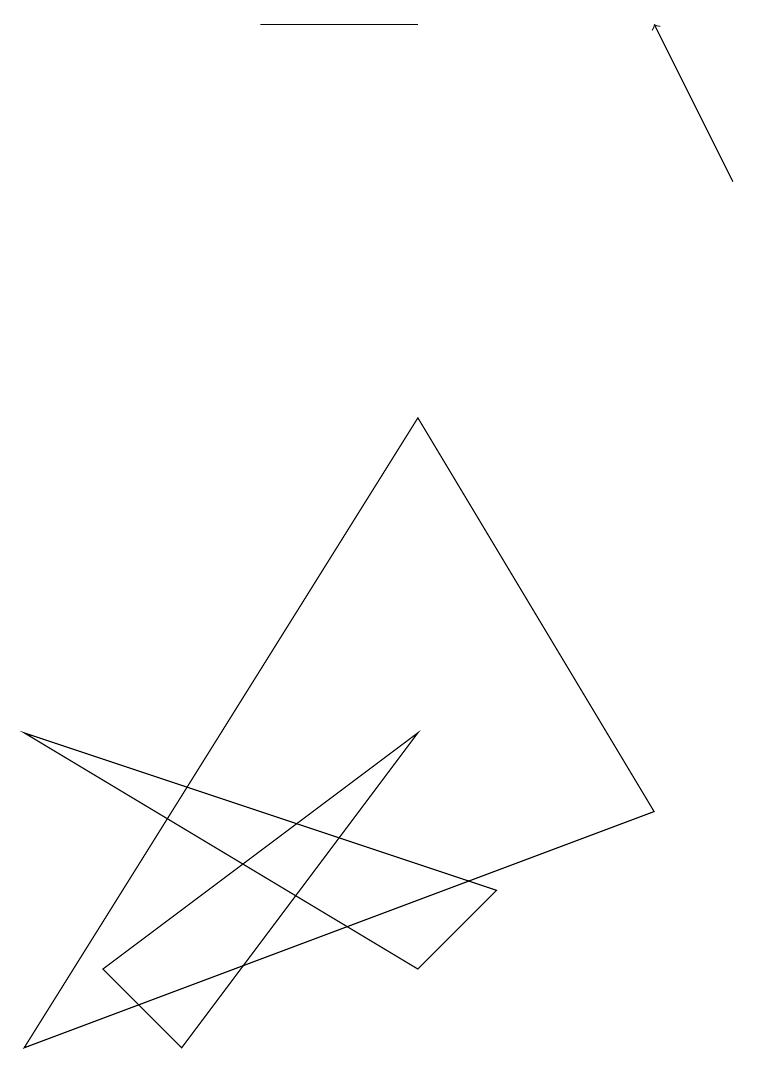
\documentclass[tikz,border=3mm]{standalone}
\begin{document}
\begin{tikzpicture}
\draw (5,14) rectangle (3,14);
\draw (5,5) -- (2,1) -- (1,2) -- cycle;
\draw[->] (9,12) -- (8,14);
\draw (7,10) rectangle (7,10);
\draw (8,4) -- (5,9) -- (0,1) -- cycle;
\draw (6,3) -- (0,5) -- (5,2) -- cycle;
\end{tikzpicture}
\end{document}